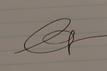
Signature authenticity: genuine